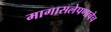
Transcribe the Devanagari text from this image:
मागासलेपणाचेच